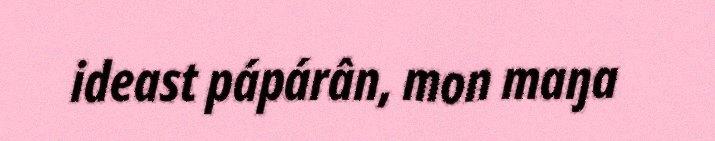
ideast pápárân, mon maŋa